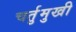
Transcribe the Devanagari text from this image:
चर्तुमुखी